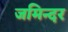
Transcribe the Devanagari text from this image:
जमिन्दर